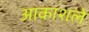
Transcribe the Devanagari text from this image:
आकाशले